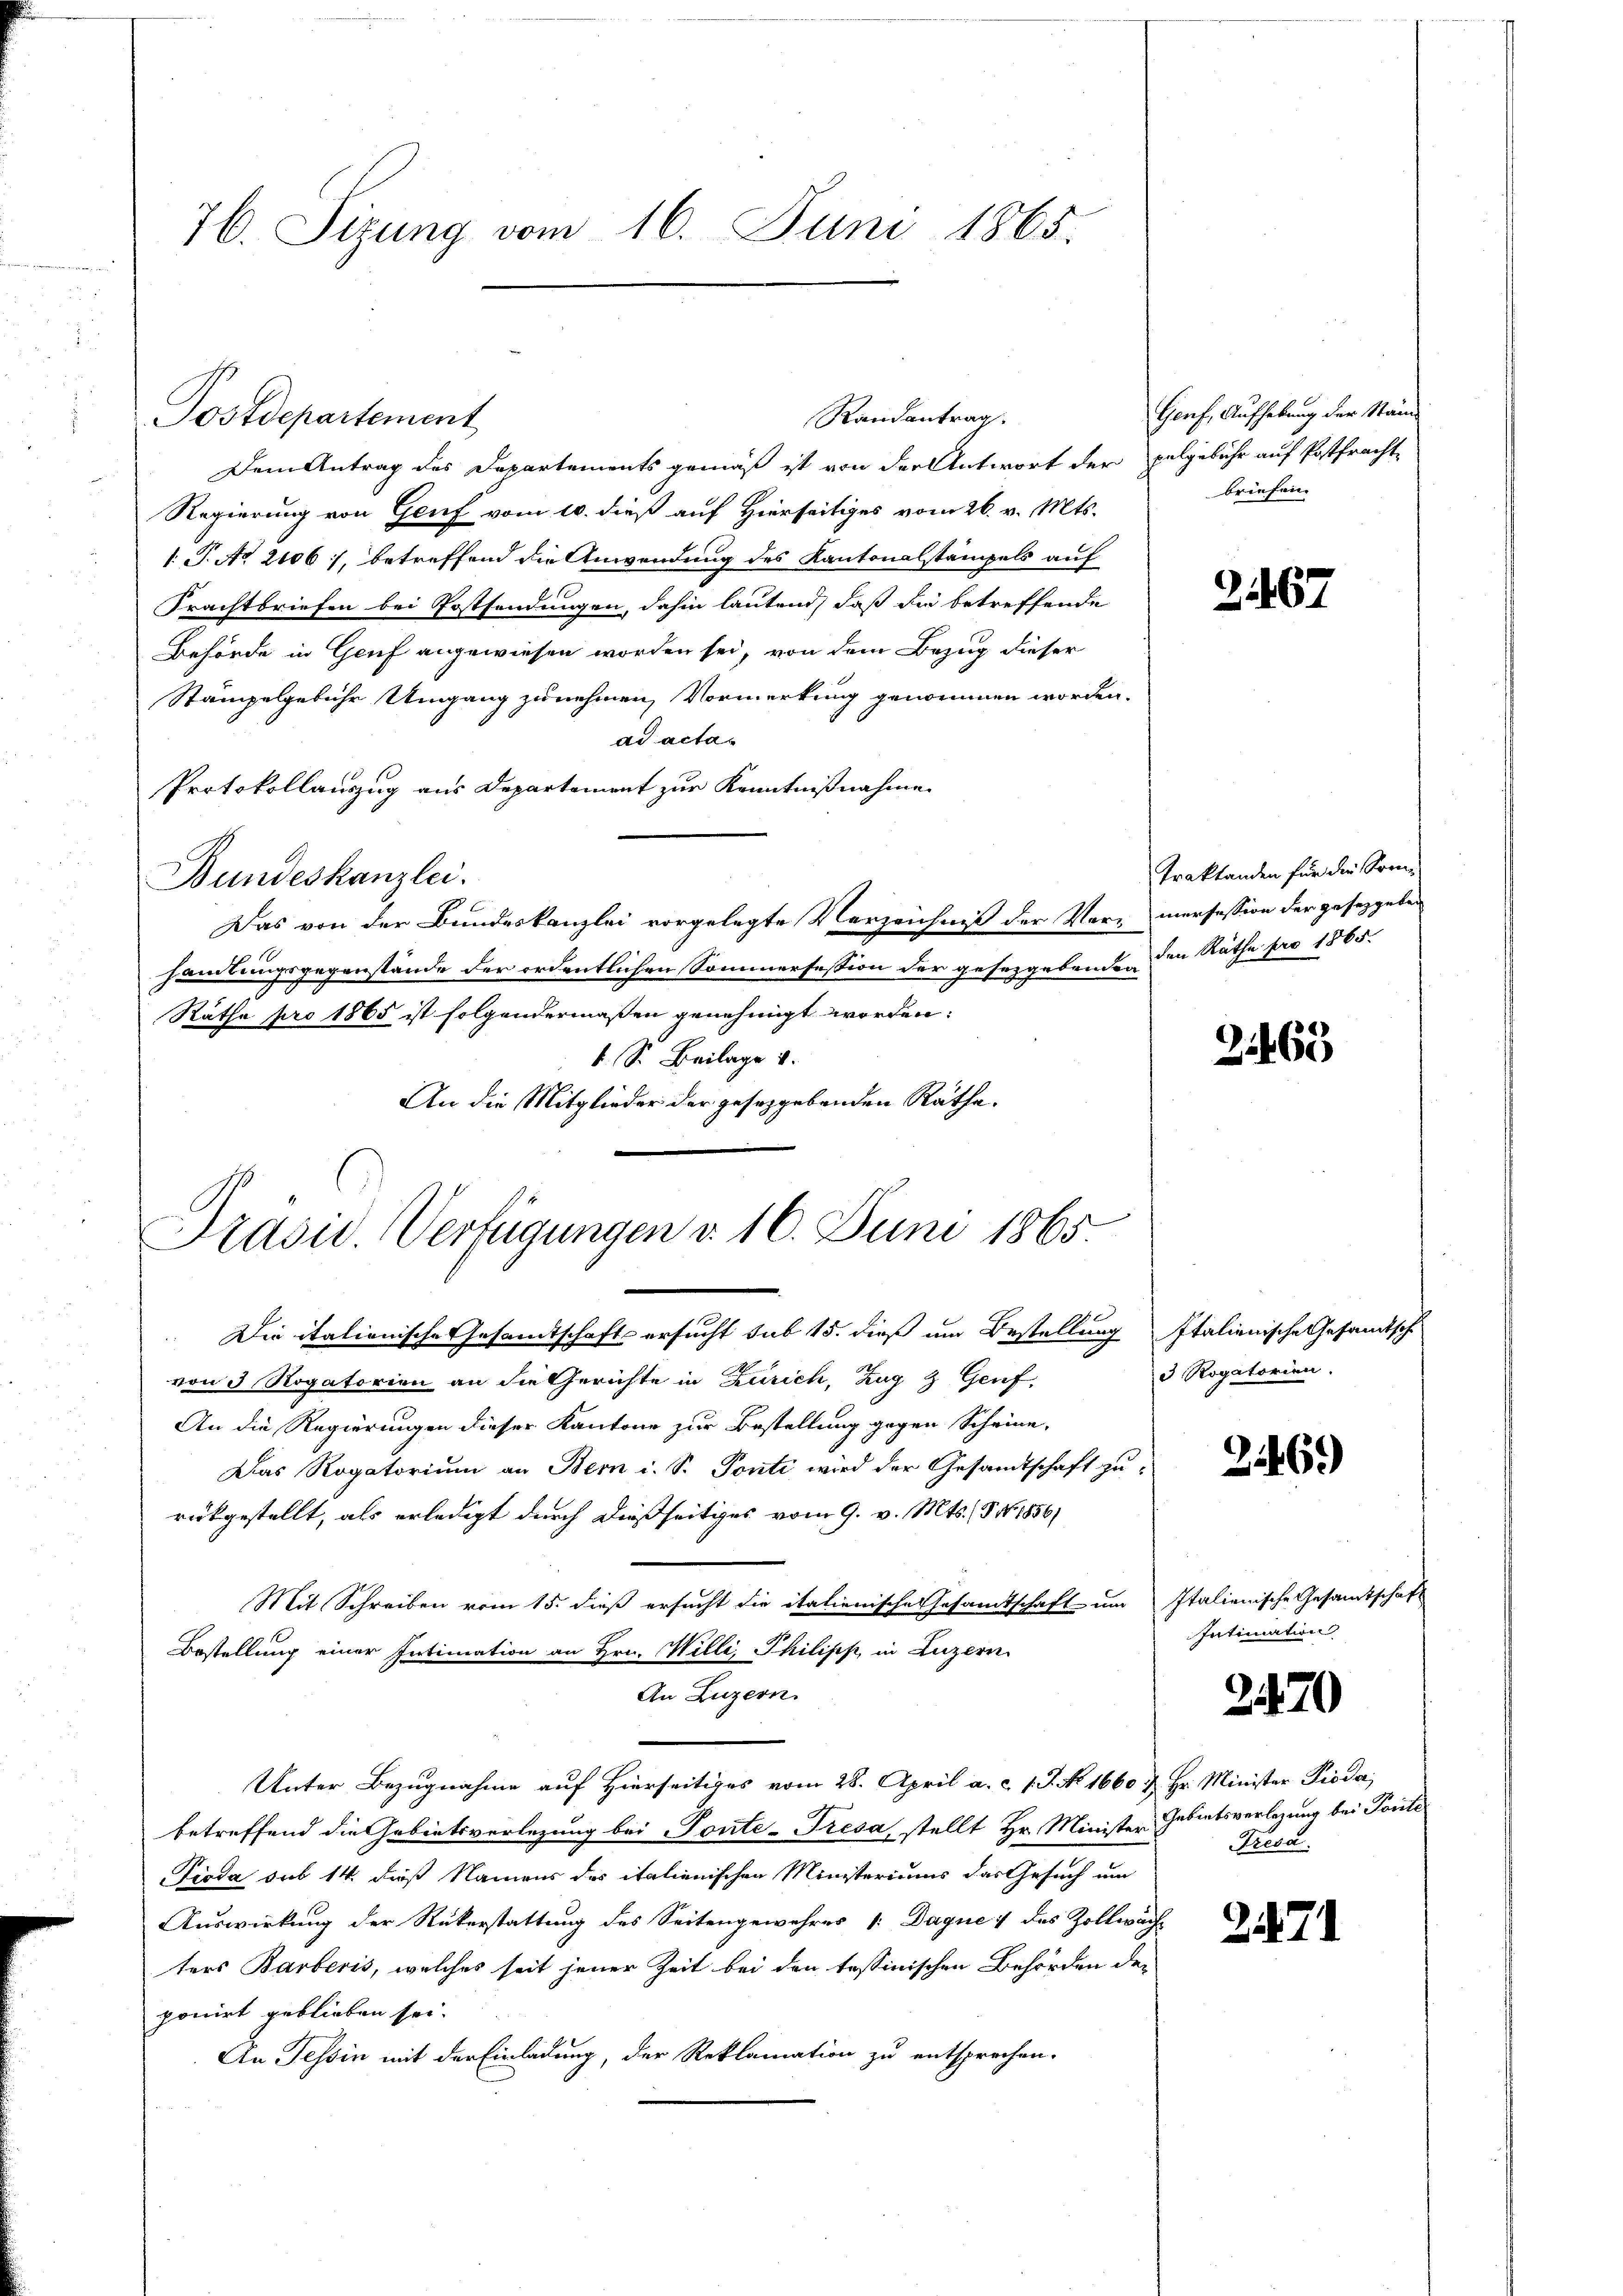
76. Sizung vom 16. Juni 1865.

Postdepartement

Dem Antrag des Departements gemäß ist von der Antwort der pulgebühr auf Postfracht
Regierung von Genf vom 10. dieß auf Hierseitiges vom 26. v. Mts.
1.P. No 2106), betreffend die Anwendung des Kantonalstämpels auf
Frachtbriefen bei Postsendungen, dahin lautend, daß die betreffende
Behörde in Genf angewiesen worden sei, von dem Bezug dieser
Stämpelgebühr Umgang zunehmen, Vormerkung genommen worden.
ad acta¬
Protokollauszug aus Departement zur Kenntnißnahme
Bundeskanzlei.
Das von der Bundeskanzlei vorgelegte Verzeichniß der Vor- mersession der gesetzgeben
handlungsgegenstände der ordentlichen Sommersession der gesetzgebenden den Räthe pro 1865.
0
Rathe pro 1865 ist folgendermaßen genehmigt worden:
4. S. Beilage v.
An die Mitglieder der geseggebenden Räthe.

Präsid. Verfügungen d. 16. Juni 1865.

Randantrag

Genf, Aufhebung der Stand
briefen.

Die italionische Gesandtschaft ersucht sub 15. dieß um Bestellung Italienische Gesamtsche
von 3 Rogatorien an die Gerichte in Zürich, Zug & Genf,
An die Regierungen dieser Kantone zur Bestellung gegen Scheine,
Das Rogatorium an Bern i. S. Ponti wird der Gesandtschaft zurückgestellt, als erledigt durch dießseitiges vom 9. v. Mts. (5 No 1856/
Mit Schreiben vom 15. dieß ersucht die italienische Gesamtschaft um Italienische Gesandtschaft
Bestellung einer Intimation an Hrn. Willi, Philipp in Luzern
An Luzern.
Unter Bezugnahme auf Hierseitiges vom 28. April a. c. l. J. No 1660 u. Hr. Minister Pioda,
betreffend die Gebietsverlegung bei Ponte-Fresa stellt Hr. Minister Gebietsverlegung bei Ponte
Pioda sub 14. dieß Namens des italienischen Ministeriums das Gesuch um
Auswirkung der Rükerstattung des Seitengewahres /: Daque des Zollwach
ters Barberis, welches seit jener Zeit bei den tessinischen Behörden der
ponirt geblieben sei.
An Tessin mit der Einladung, der Reklamation zu entsprochen.

2467

Traktanden für die Som-

2460

3 Rogatorien.

2146)

Intimation

370

Tresa

247. 1